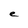
Character: e